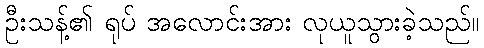
ဦးသန့်၏ ရုပ် အလောင်းအား လုယူသွားခဲ့သည်။